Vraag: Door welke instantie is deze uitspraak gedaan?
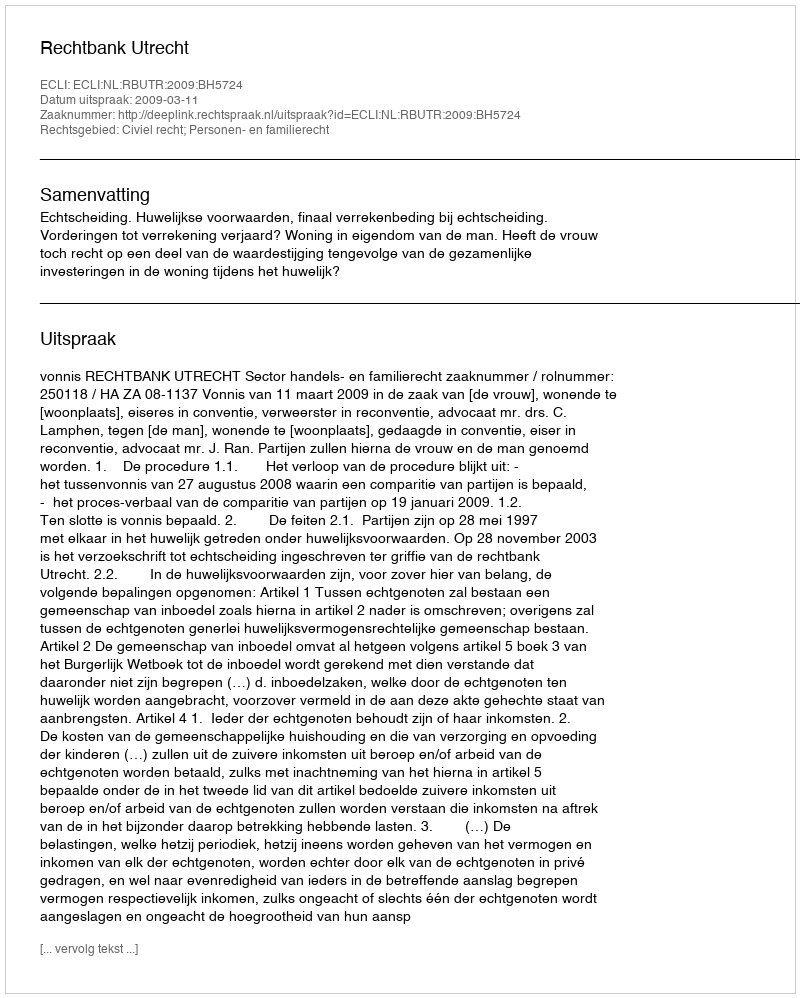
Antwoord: Rechtbank Utrecht